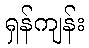
ရှန်ကျန်း